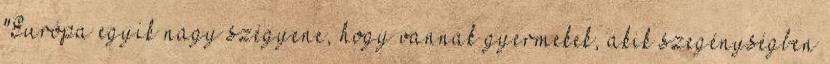
"Európa egyik nagy szégyene, hogy vannak gyermekek, akik szegénységben